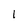
Character: 1